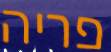
פריה